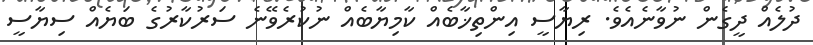
ދުލެއް ދީގެން ނުވާނެއެވެ. ރިޔާސީ އިންތިޚާބެއް ކާމިޔާބެއް ނުުކުރެވޭނެ ސަރުކާރުގެ ބަޔެއް ސިޔާސީ